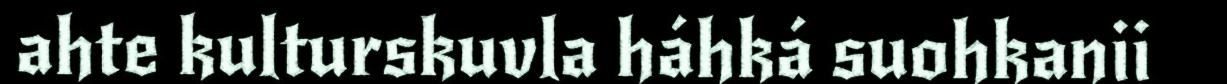
ahte kulturskuvla háhká suohkanii